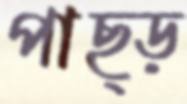
পাছ্‌ড়